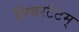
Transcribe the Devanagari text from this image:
लिबरटैटम्